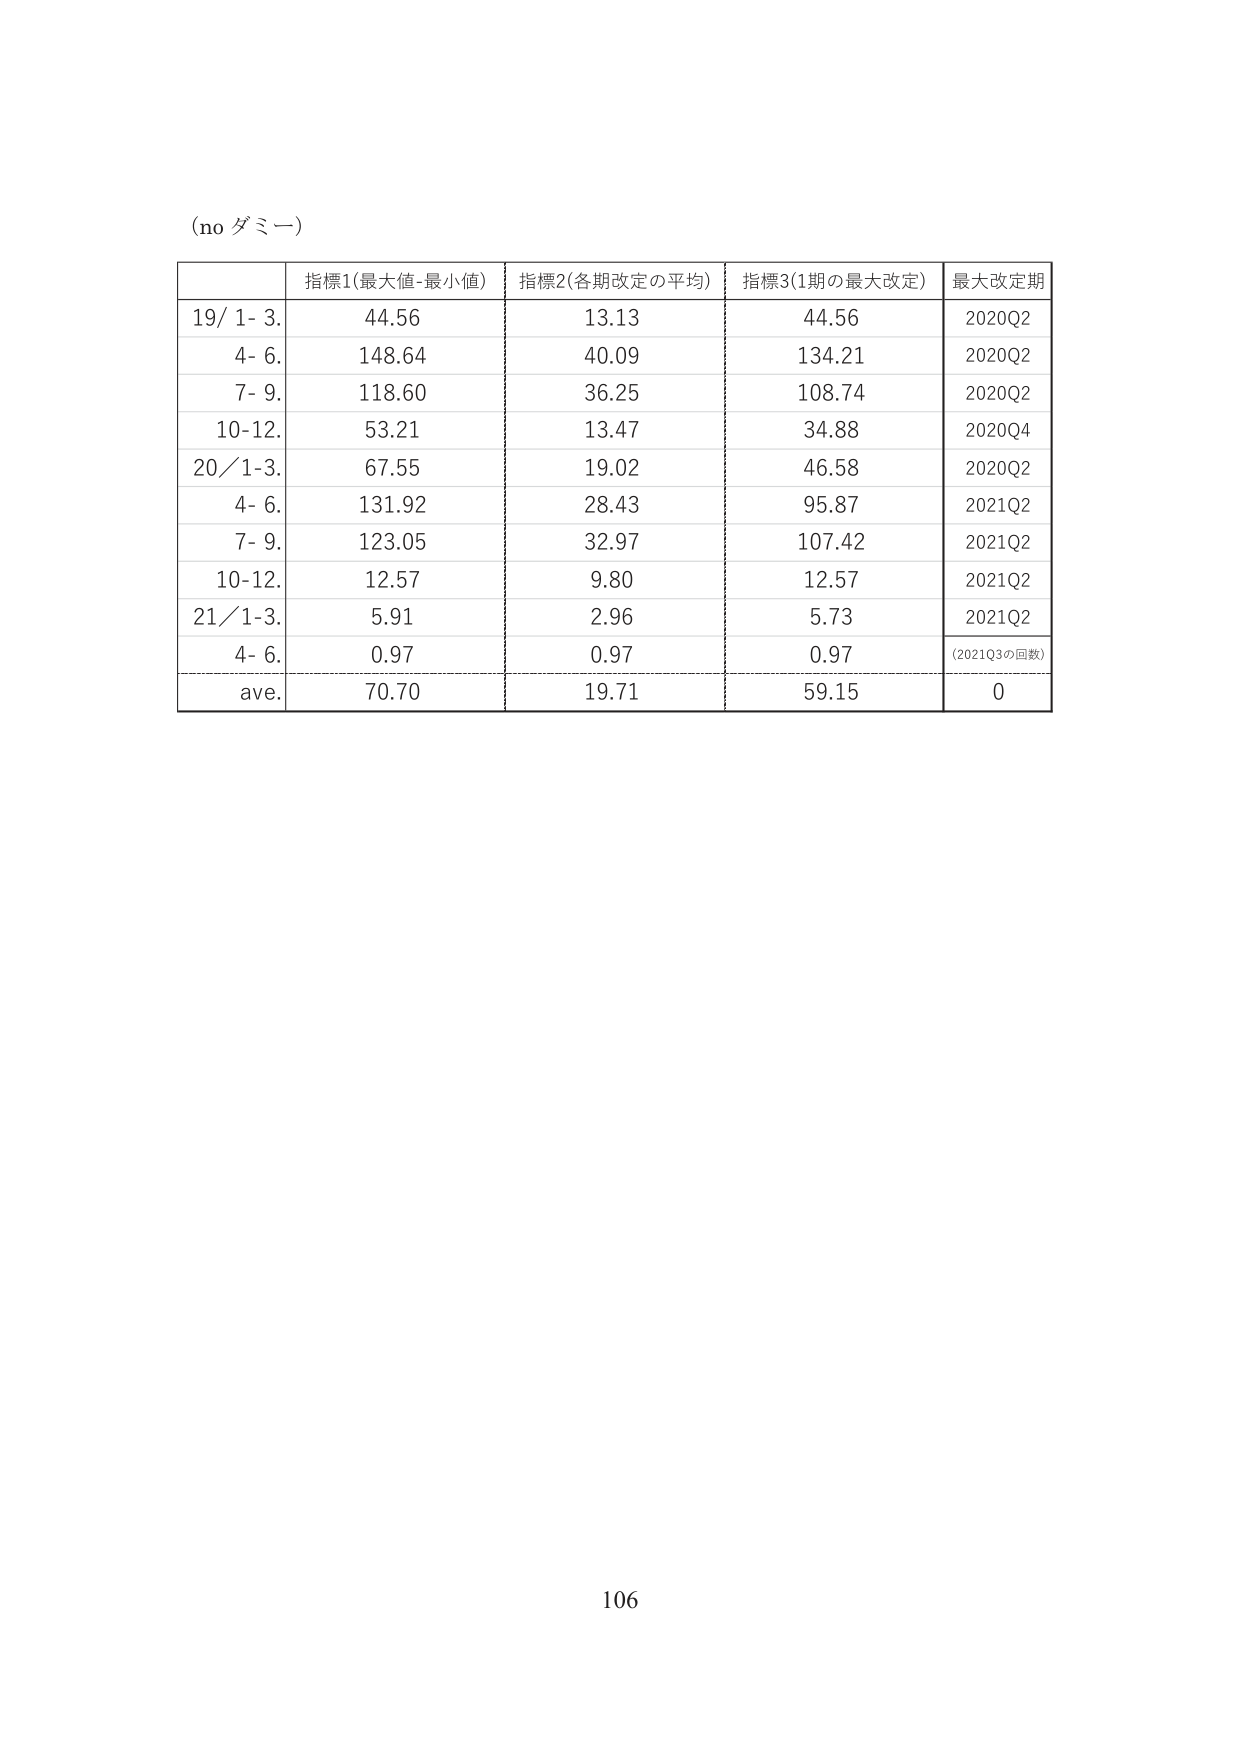
(no ダミー)

指標1(最大値-最小値) 指標2(各期改定の平均) 指標3(1期の最大改定) 最大改定期
19/ 1- 3. 44.56 13.13 44.56 2020Q2
4- 6. 148.64 40.09 134.21 2020Q2
7- 9. 118.60 36.25 108.74 2020Q2
10-12. 53.21 13.47 34.88 2020Q4
20/1-3. 67.55 19.02 46.58 2020Q2
4- 6. 131.92 28.43 95.87 2021Q2
7- 9. 123.05 32.97 107.42 2021Q2
10-12. 12.57 9.80 12.57 2021Q2
21/1-3. 5.91 2.96 5.73 2021Q2
4- 6. 0.97 0.97 0.97 (2021Q3の回数)
ave. 70.70 19.71 59.15 0

106